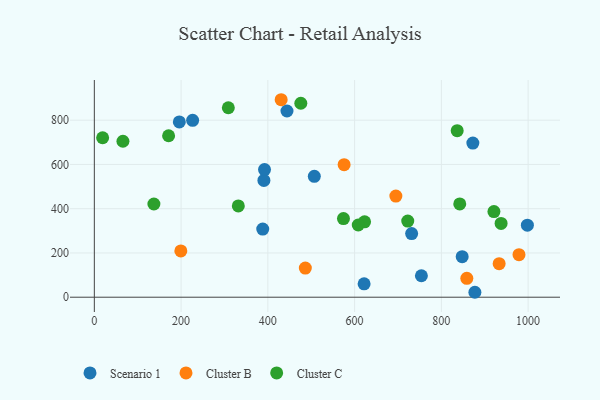
{"axis": {"x": "Investment", "y": "Profit"}, "legend": ["Cluster B", "Cluster C", "Scenario 1"], "data": [{"x": "848.0", "y": 183.3, "type": "Scenario 1"}, {"x": "226.6", "y": 799.6, "type": "Scenario 1"}, {"x": "390.9", "y": 527.9, "type": "Scenario 1"}, {"x": "754.0", "y": 97.0, "type": "Scenario 1"}, {"x": "195.9", "y": 792.0, "type": "Scenario 1"}, {"x": "507.1", "y": 546.5, "type": "Scenario 1"}, {"x": "731.5", "y": 287.6, "type": "Scenario 1"}, {"x": "444.1", "y": 841.5, "type": "Scenario 1"}, {"x": "392.3", "y": 576.7, "type": "Scenario 1"}, {"x": "872.6", "y": 696.5, "type": "Scenario 1"}, {"x": "877.3", "y": 22.3, "type": "Scenario 1"}, {"x": "621.9", "y": 60.6, "type": "Scenario 1"}, {"x": "998.3", "y": 325.5, "type": "Scenario 1"}, {"x": "388.2", "y": 307.7, "type": "Scenario 1"}, {"x": "979.0", "y": 192.3, "type": "Cluster B"}, {"x": "695.1", "y": 457.1, "type": "Cluster B"}, {"x": "933.2", "y": 151.7, "type": "Cluster B"}, {"x": "199.4", "y": 209.0, "type": "Cluster B"}, {"x": "575.8", "y": 599.0, "type": "Cluster B"}, {"x": "858.7", "y": 85.2, "type": "Cluster B"}, {"x": "430.7", "y": 892.5, "type": "Cluster B"}, {"x": "486.4", "y": 131.6, "type": "Cluster B"}, {"x": "171.2", "y": 729.7, "type": "Cluster C"}, {"x": "921.2", "y": 386.8, "type": "Cluster C"}, {"x": "476.0", "y": 876.6, "type": "Cluster C"}, {"x": "574.3", "y": 355.3, "type": "Cluster C"}, {"x": "19.1", "y": 720.6, "type": "Cluster C"}, {"x": "331.9", "y": 412.4, "type": "Cluster C"}, {"x": "137.3", "y": 421.2, "type": "Cluster C"}, {"x": "623.0", "y": 340.9, "type": "Cluster C"}, {"x": "836.5", "y": 752.8, "type": "Cluster C"}, {"x": "65.9", "y": 704.8, "type": "Cluster C"}, {"x": "308.9", "y": 856.3, "type": "Cluster C"}, {"x": "608.4", "y": 326.4, "type": "Cluster C"}, {"x": "842.4", "y": 421.8, "type": "Cluster C"}, {"x": "722.5", "y": 344.1, "type": "Cluster C"}, {"x": "937.7", "y": 333.3, "type": "Cluster C"}]}